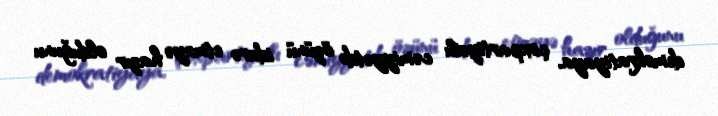
demokratiyaya, çoxpartiyalı cəmiyyətdə özünü idarə etməyə hazır olduğunu